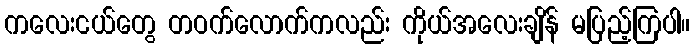
ကလေးငယ်တွေ တဝက်လောက်ကလည်း ကိုယ်အလေးချိန် မပြည့်ကြပါ။